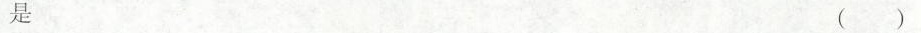
是 ()